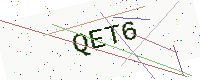
Text: QET6